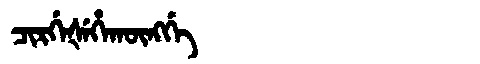
Manchu: ᠴᡳᡵᡤᡝᡧᡝᡥᠠᡴᡡᠩᡤᡝ
Romanization: CIRGEŠEHAKŪNGGE